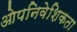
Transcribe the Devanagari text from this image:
ओपनिवेशिकता